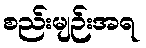
စည်းမျဉ်းအရ